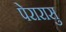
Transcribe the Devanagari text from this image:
पेरारासु